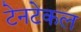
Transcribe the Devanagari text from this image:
टेनटेकल